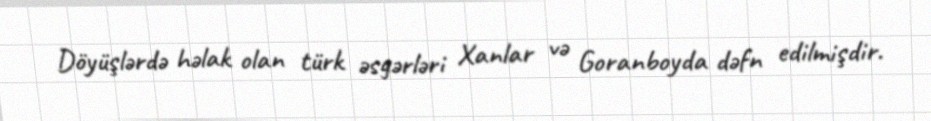
Döyüşlərdə həlak olan türk əsgərləri Xanlar və Goranboyda dəfn edilmişdir.